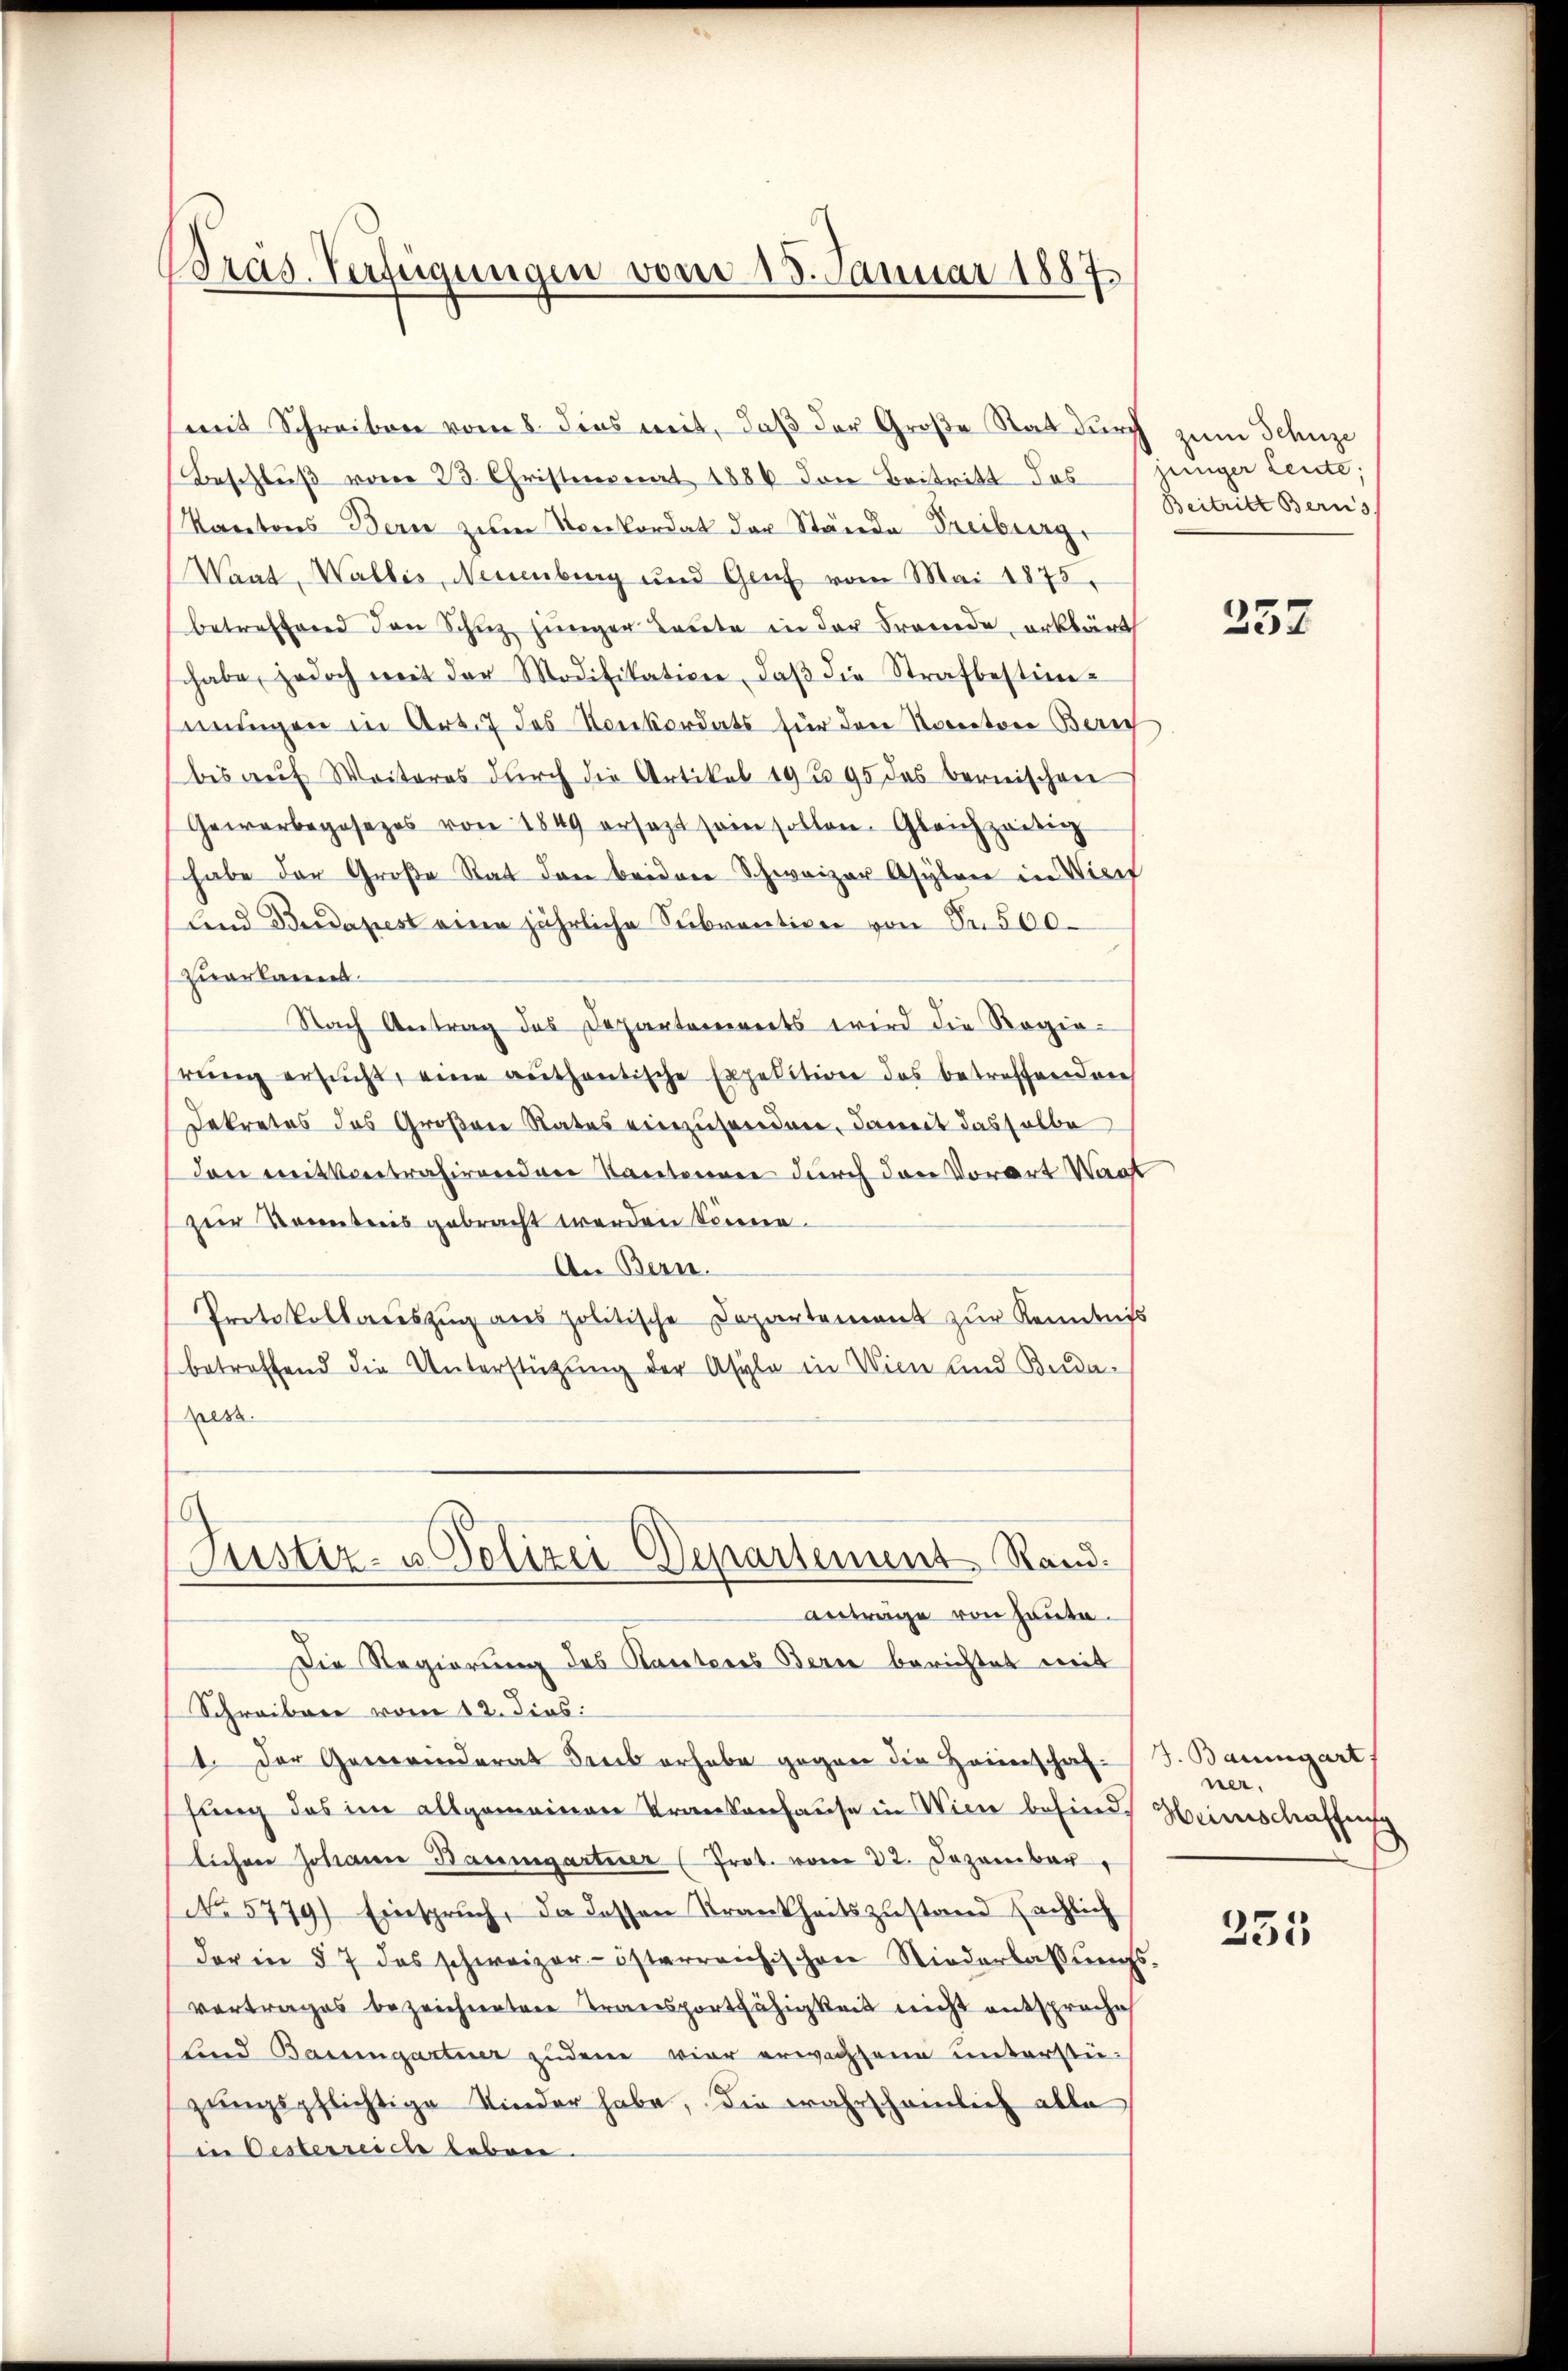
Bräs. Verfügungen vom 15. Januar 1887.

(mit Schreiben vom 8. dies mit, daß der Große Rat durch zum Schnze
Beschluß vom 23. Christmonat 1886 den Beitritt das junger Leute;
Kantons Bern zum Konkordat der Stände Freiburg,
Waat, Wallis, Neuenburg und Genf vom Mai 1875.
betreffend den Schŭz jünger Leute in der Fremde, erklärt
shabe, jedoch mit der Modifikation, daβ die Strafbestimengen in Art. 7 des Konkordats für den Kantone Bern
bis auf Weiteres durch die Artikel 19295 das bernischeer
Gewerbegesezes von 1849 ersezt sein sollen. Gleichzeitig
shabe der Große Rat den beidene Schweizer Asylen in Vier
tend Bedapest eine jährliche Subvention von Sr. 500
zuerkannt
Nach Antrag des Departenereits wird die Regierŭng ersucht, eine authentische Expedition des betreffenden
Dekretes des Großene Rates einzusenden, damit dasselbe
den mitkontrahirenden Kantonnen durch den Vorart Waat
zur Kenntnis gebracht werden könne.
An Bern.
Protokollauszug aus politische Departement zur Kenntniß
betroffend die Unterstützung der Asyle in Wien und Buda¬
Less
Justiz- u. Polizei Departement Rand.
anträge von heute.
Die Regierung des Kantores Bern berichtet mit
Schreiben vom 12. dies:
1. Der Gemeinderat ders erhabe gegen die Heimschaf-
fung des im allgemeinen Krankenhause in Wien befinde Heimschaffung
lichen Johann Baumgartner (Prot. vom 22. Dezember
No 5779) Einspruch, da dessen Krankheitszustand sächlich
der in § 7 das schweizer-österreichischen Niederlassungs-
vortrages bezeichneten Transportfähigkeit nicht entsproche
lind Baumgartner zudem vier erwachsene unterstüzungspflichtige Kinder habe, die wahrscheinlich alle
in Oesterreich leben

Beitritt Berns

252

J. Baumgart
ner.

235